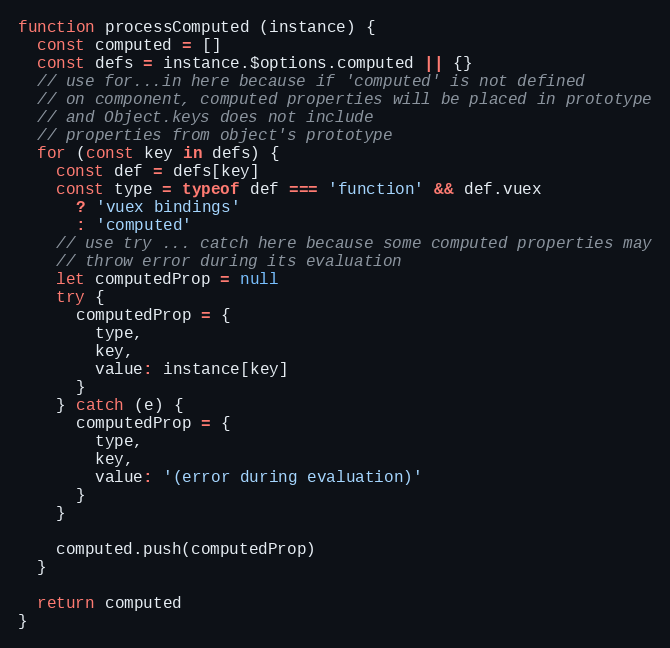
Language: JavaScript
function processComputed (instance) {
  const computed = []
  const defs = instance.$options.computed || {}
  // use for...in here because if 'computed' is not defined
  // on component, computed properties will be placed in prototype
  // and Object.keys does not include
  // properties from object's prototype
  for (const key in defs) {
    const def = defs[key]
    const type = typeof def === 'function' && def.vuex
      ? 'vuex bindings'
      : 'computed'
    // use try ... catch here because some computed properties may
    // throw error during its evaluation
    let computedProp = null
    try {
      computedProp = {
        type,
        key,
        value: instance[key]
      }
    } catch (e) {
      computedProp = {
        type,
        key,
        value: '(error during evaluation)'
      }
    }

    computed.push(computedProp)
  }

  return computed
}